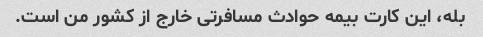
بله، این کارت بیمه حوادث مسافرتی خارج از کشور من است.